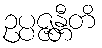
ဥပ္ပဇ္ဇန္တီတိ